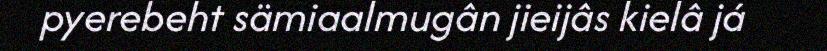
pyerebeht sämiaalmugân jieijâs kielâ já